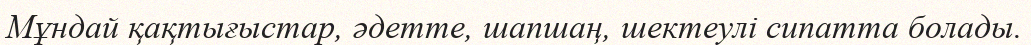
Мұндай қақтығыстар, әдетте, шапшаң, шектеулі сипатта болады.